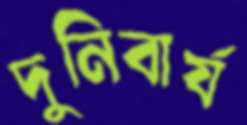
দুনিবার্য